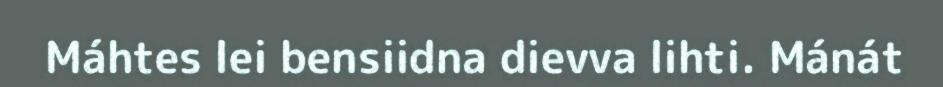
Máhtes lei bensiidna dievva lihti. Mánát